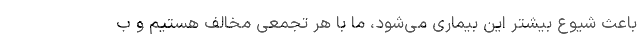
باعث شیوع بیشتر این بیماری می‌شود، ما با هر تجمعی مخالف هستیم و ب